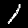
Digit: 1